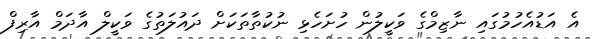
އެ އަޑުއެހުމުގައި ނާޒިމްގެ ވަކީލުން ހުށަހެޅި ނުކުތާތަކަށް ދައުލަތުގެ ވަކީލް އާދަމް އާރިފް